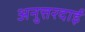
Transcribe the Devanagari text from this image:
अनुत्तरदाई